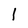
Character: 1